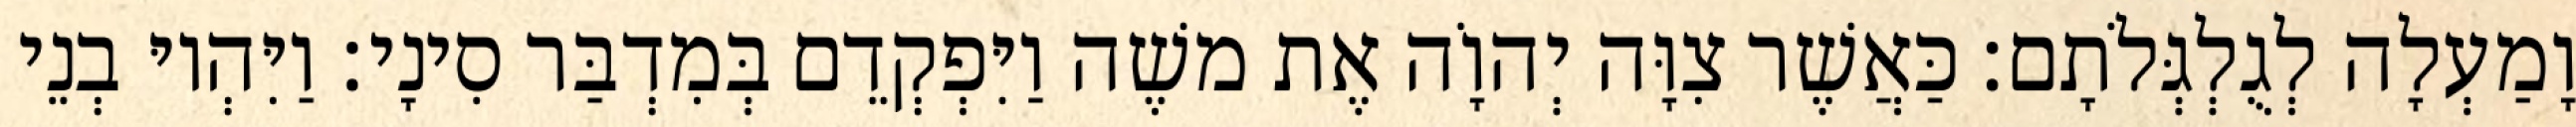
וָמַעְלָה לְגֻלְגְּלֹתָם׃ כַּאֲשֶׁר צִוָּה יְהוָֹה אֶת משֶׁה וַיִּפְקְדֵם בְּמִדְבַּר סִינָי׃ וַיִּהְיוּ בְנֵי